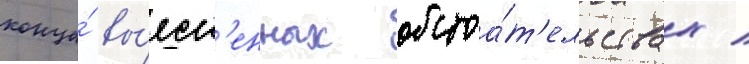
конца́ вы́ясн'енных обстоа́т'ельствах /